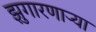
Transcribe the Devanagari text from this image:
झुगारणाऱ्या